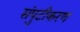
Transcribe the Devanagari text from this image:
संपुटीकरण